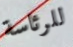
للرئاسة